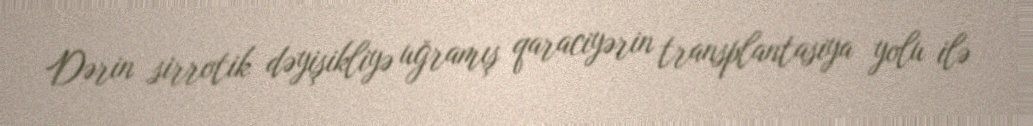
Dərin sirrotik dəyişikliyə uğramış qaraciyərin transplantasiya yolu ilə